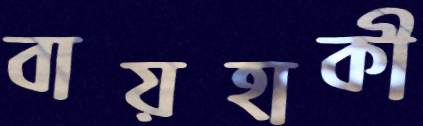
বায়হাকী